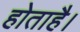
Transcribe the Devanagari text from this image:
होताहै।